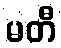
မတီ